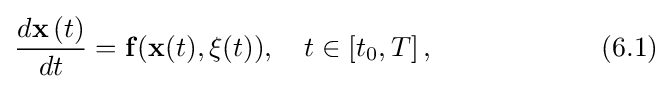
{\frac {d\mathbf {x} \left(t\right)}{dt}}=\mathbf {f} (\mathbf {x} (t),\mathbf {\xi } (t)),\quad t\in \left[t_{0},T\right],\qquad \qquad \qquad (6.1)